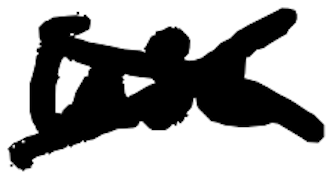
Text: use
Cross-out: mix
Writing tool: digital_black